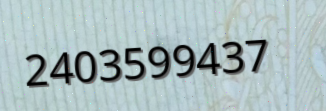
2403599437